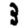
Digit: 3